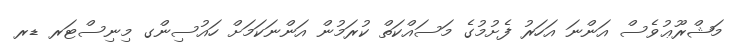
މަޝްރޫޢުވެސް އަންނަ އަހަރު ފެށުމުގެ މަސައްކަތް ކުރަމުން އަންނަކަމަށް ހައުސިންގ މިނިސްޓަރ ޑރ